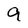
Character: 9